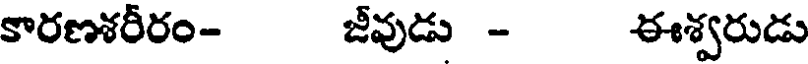
కారణశరీరం- జీవుడు - ఈశ్వరుడు